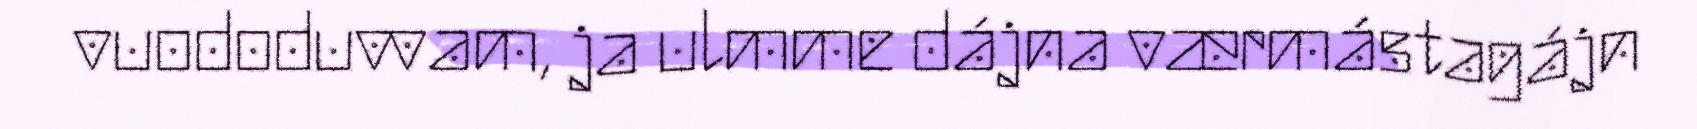
vuododuvvam, ja ulmme dájna værmástagájn